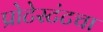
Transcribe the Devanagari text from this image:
प्रोटेस्टंटचा